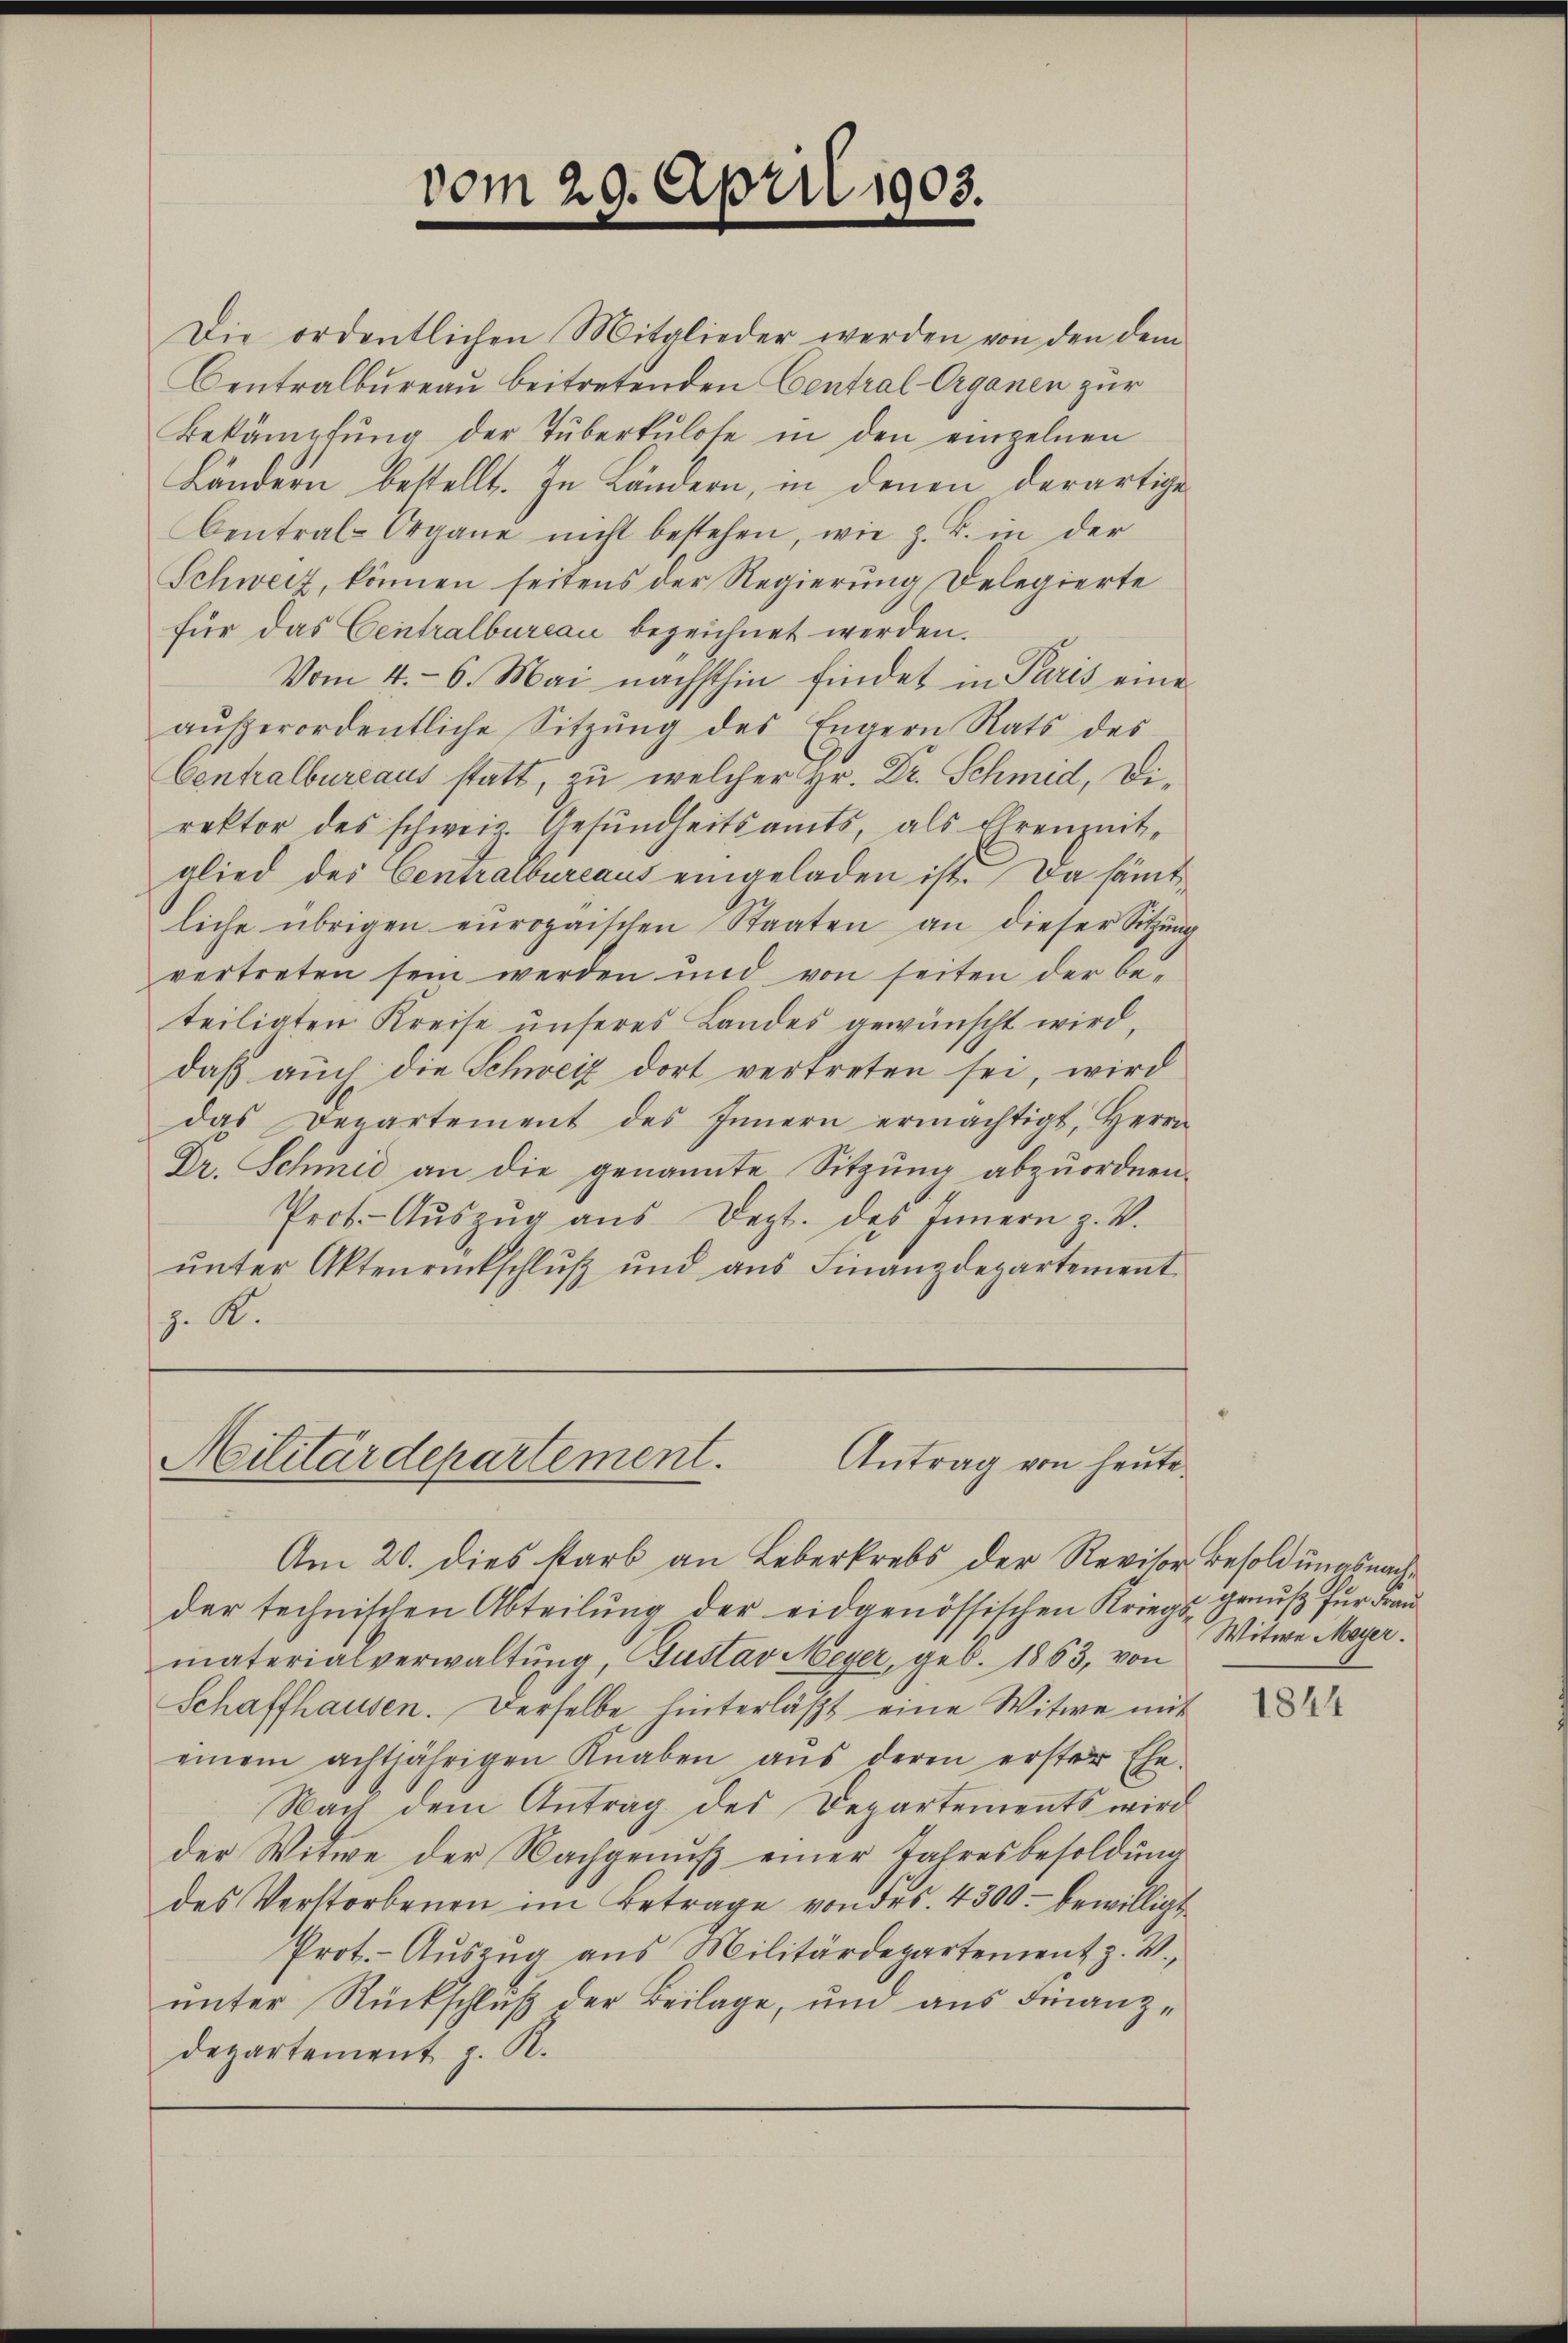
vom 29. April 1903.

Die ordentlichen Mitglieder werden von den dem
Centralbureau beitretenden Central-Organen zur
Bekämpfŭng der Tuberkulose in den einzelnen
Ländern bestellt. In Ländern, in denen derartige
Central-Organe nicht bestehen, wie z. B. in der
Schweiz, können seitens der Regierung Delegierte
für das Centralbureau bezeichnet werden.
Vom 4. 6. Mai nächsthin findet in Paris eine
aŭβerordentliche Sitzŭng des Engern Rats des
Centralbureaus statt, zu welcher Hr. Dr. Schmid, Direktor des schweiz. Gesundheitsamts, als Ehrenzeit-
glied des Centralbureaus eingeladen ist. Da sämtliche übrigen europaischen Staaten an dieser Sitzŭng
vertreten sein werden und von seiten der be-
teiligten Kreise unseres Landes gewünscht wird,
daß auch die Schweiz dort vertreten sei, wird
das Departement des Innern ermächtigt, Herrn
Dr. Schmid an die genannte Sitzŭng abzuordnen.
Prot. Aŭszŭg aŭs Dept. des Innern z. V.
unter Aktenrückschluß und aus Finanzdepartement
z. R.

Militärdepartement.
Antrag von heute.

Am 20. dies starb an Leberkrebs der Revisor Besoldungsnachder technischen Abteilung der eidgenössischen Kriegs genuß für Frau
materialverwaltung, Gustav Meyer, geb. 1863, von
Schaffhausen. Derselbe hinterläßt eine Witwe mit
einem achtjährigen Knaben aŭs deren erster Ehe-
Nach dem Antrag des Departements wird
der Witwe der Nachgenuß einer Jahresbesoldung
des Verstorbenen im Betrage von ders. 4300. bewilligt
Prot. Aŭszŭg aŭs Militärdepartement z. V.,
unter Rückschluß der Beilage, und aus Finanzdepartement z. R.

Witwe Mayer.

1844